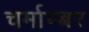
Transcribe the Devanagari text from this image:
चर्माम्बर